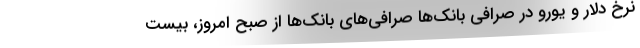
نرخ دلار و یورو در صرافی بانک‌ها صرافی‌های بانک‌ها از صبح امروز، بیست